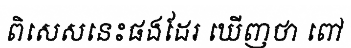
ពិសេសនេះផងដែរ ឃើញថា ពៅ